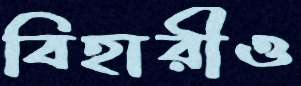
বিহারীও